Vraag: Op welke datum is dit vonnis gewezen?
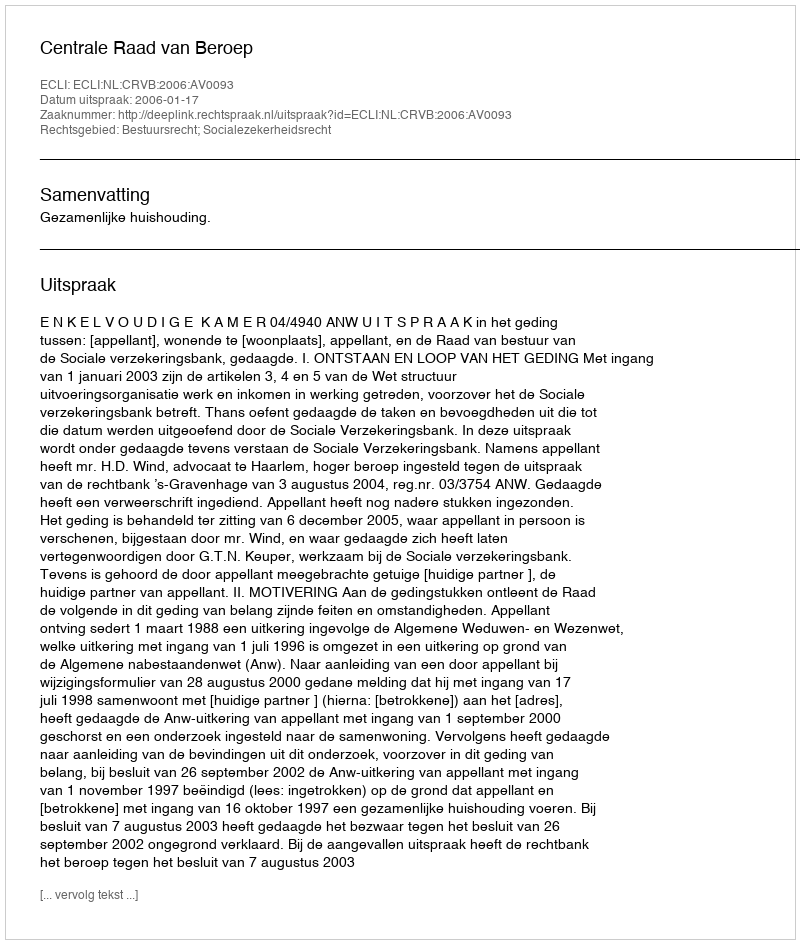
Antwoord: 2006-01-17